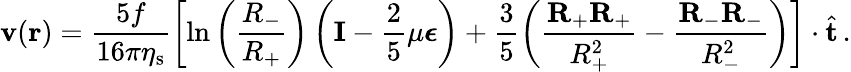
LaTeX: \mathbf{v}(\mathbf{r})=\frac{5f}{16\pi\eta_{\mathrm{s}}}\left[\ln\left(\frac{R_{-}}{R_{+}}\right)\left(\mathbf{I}-\frac{2}{5}\mu\boldsymbol{\epsilon}\right)+\frac{3}{5}\left(\frac{\mathbf{R}_{+}\mathbf{R}_{+}}{R_{+}^{2}}-\frac{\mathbf{R}_{-}\mathbf{R}_{-}}{R_{-}^{2}}\right)\right]\cdot\hat{\mathbf{t}}\, .